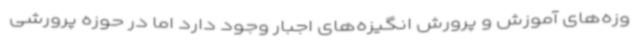
وزه‌های آموزش و پرورش انگیزه‌های اجبار وجود دارد اما در حوزه پرورشی